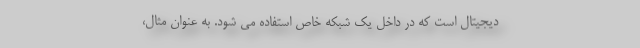
دیجیتال است که در داخل یک شبکه خاص استفاده می شود. به عنوان مثال،